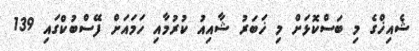
ޝެއިޚްގެ މި ބަސްކޮޅަށް މި ޚަބަރު ޝާއިއު ކުރުމާއި ހަމައަށް ފޭސްބުކްގައި 139